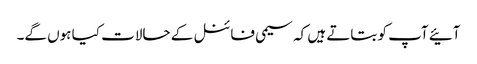
آئیے آپ کو بتاتے ہیں کہ سیمی فائنل کے حالات کیا ہوں گے۔